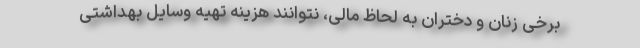
برخی زنان و دختران به لحاظ مالی، نتوانند هزینه تهیه وسایل بهداشتی